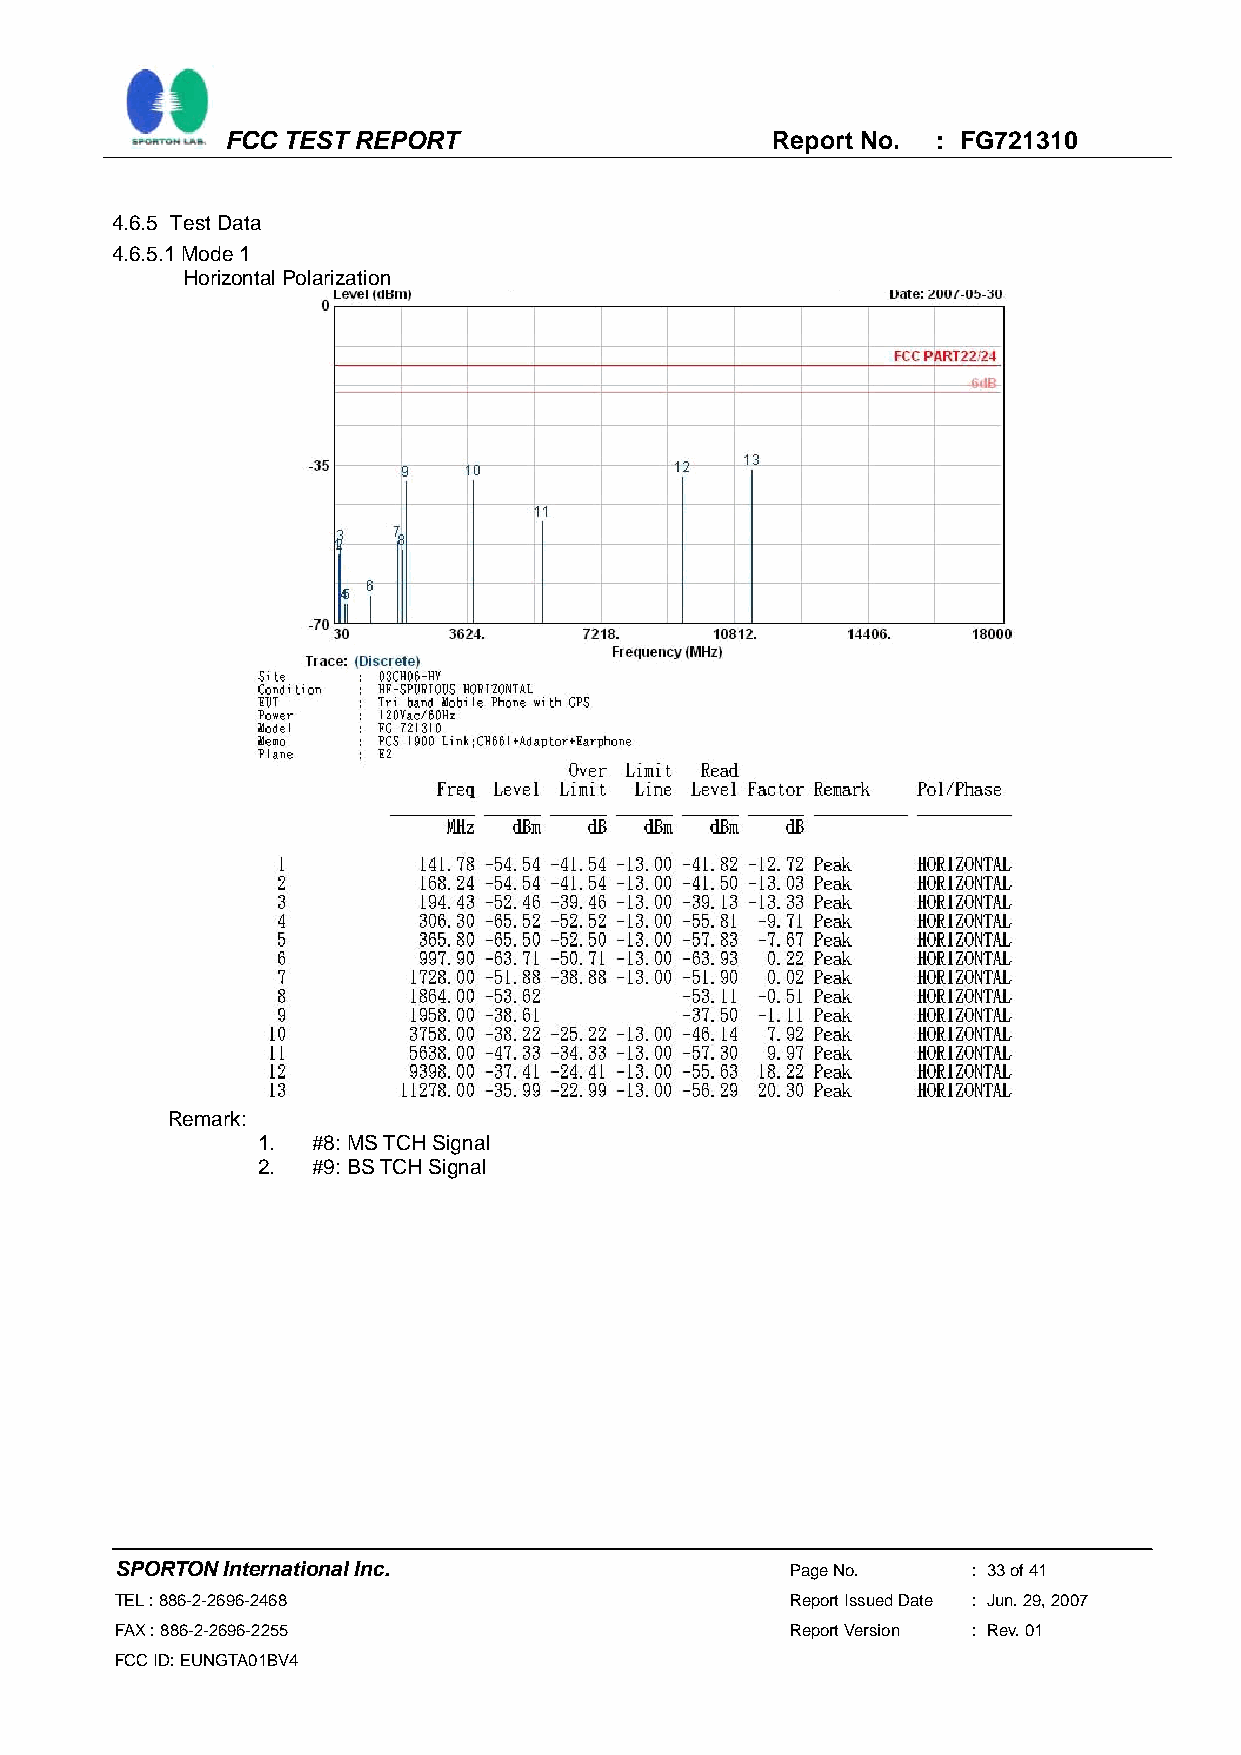
FCC TEST REPORT                     Report No. : FG721310
 4.6.5 Test Data
 4.6.5.1 Mode 1
 Horizontal Polarization
 Remark:
 1.  #8: MS TCH Signal
 2.  #9: BS TCH Signal
 SPORTON International Inc.                  Page No.    : 33 of 41
 TEL : 886-2-2696-2468                       Report Issued Date : Jun. 29, 2007
 FAX : 886-2-2696-2255                       Report Version : Rev. 01
 FCC ID: EUNGTA01BV4